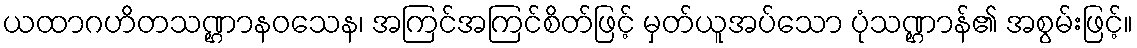
ယထာဂဟိတသဏ္ဌာနဝသေန၊ အကြင်အကြင်စိတ်ဖြင့် မှတ်ယူအပ်သော ပုံသဏ္ဌာန်၏ အစွမ်းဖြင့်။